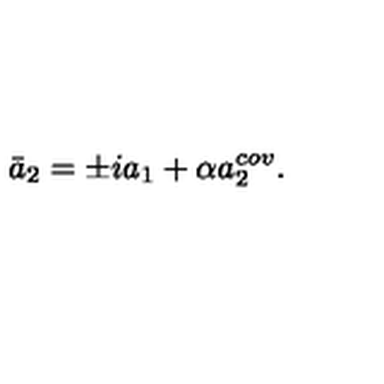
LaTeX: \bar { a } _ { 2 } = \pm i a _ { 1 } + \alpha a _ { 2 } ^ { c o v } .